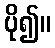
ပို၍။